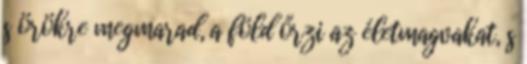
s örökre megmarad, a föld őrzi az életmagvakat, s